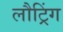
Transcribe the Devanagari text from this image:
लौट्रिंग